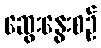
ဆွေးနွေးစဉ်